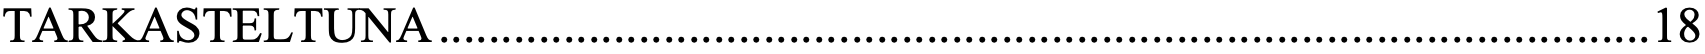
TARKASTELTUNA ................................................................................................. 18